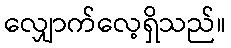
လျှောက်လေ့ရှိသည်။